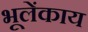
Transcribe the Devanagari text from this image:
भूलेंकाय